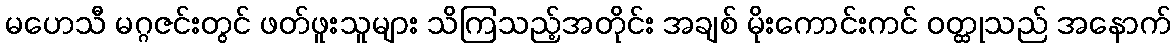
မဟေသီ မဂ္ဂဇင်းတွင် ဖတ်ဖူးသူများ သိကြသည့်အတိုင်း အချစ် မိုးကောင်းကင် ဝတ္ထုသည် အနောက်